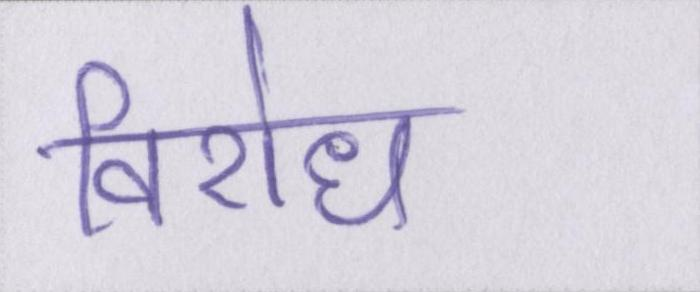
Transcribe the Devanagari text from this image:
विरोध